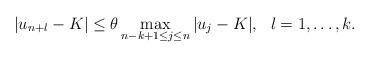
LaTeX: \begin{align*}|u_{n+l}-K| \leq \theta \max_{n-k+1 \leq j \leq n} |u_j-K|,~~l=1, \dots, k.\end{align*}